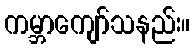
ကမ္ဘာကျော်သနည်း။